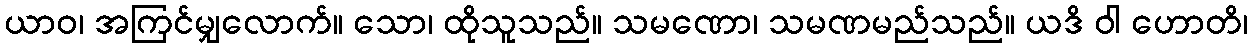
ယာဝ၊ အကြင်မျှလောက်။ သော၊ ထိုသူသည်။ သမဏော၊ သမဏမည်သည်။ ယဒိ ဝါ ဟောတိ၊